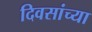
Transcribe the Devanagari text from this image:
दिवसांच्‍या